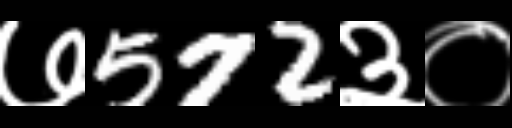
Text: ७572३०